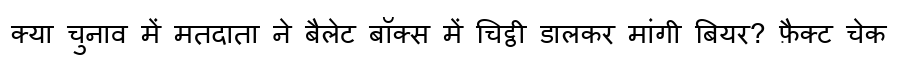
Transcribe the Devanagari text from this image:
क्या चुनाव में मतदाता ने बैलेट बॉक्स में चिट्ठी डालकर मांगी बियर? फ़ैक्ट चेक